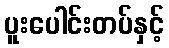
ပူးပေါင်းတပ်နှင့်